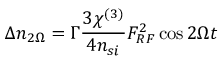
\Delta n _ { 2 \Omega } = \Gamma \frac { 3 \chi ^ { ( 3 ) } } { 4 n _ { s i } } F _ { R F } ^ { 2 } \cos 2 \Omega t